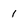
Character: 1